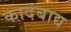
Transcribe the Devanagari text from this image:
कादंबाद्य